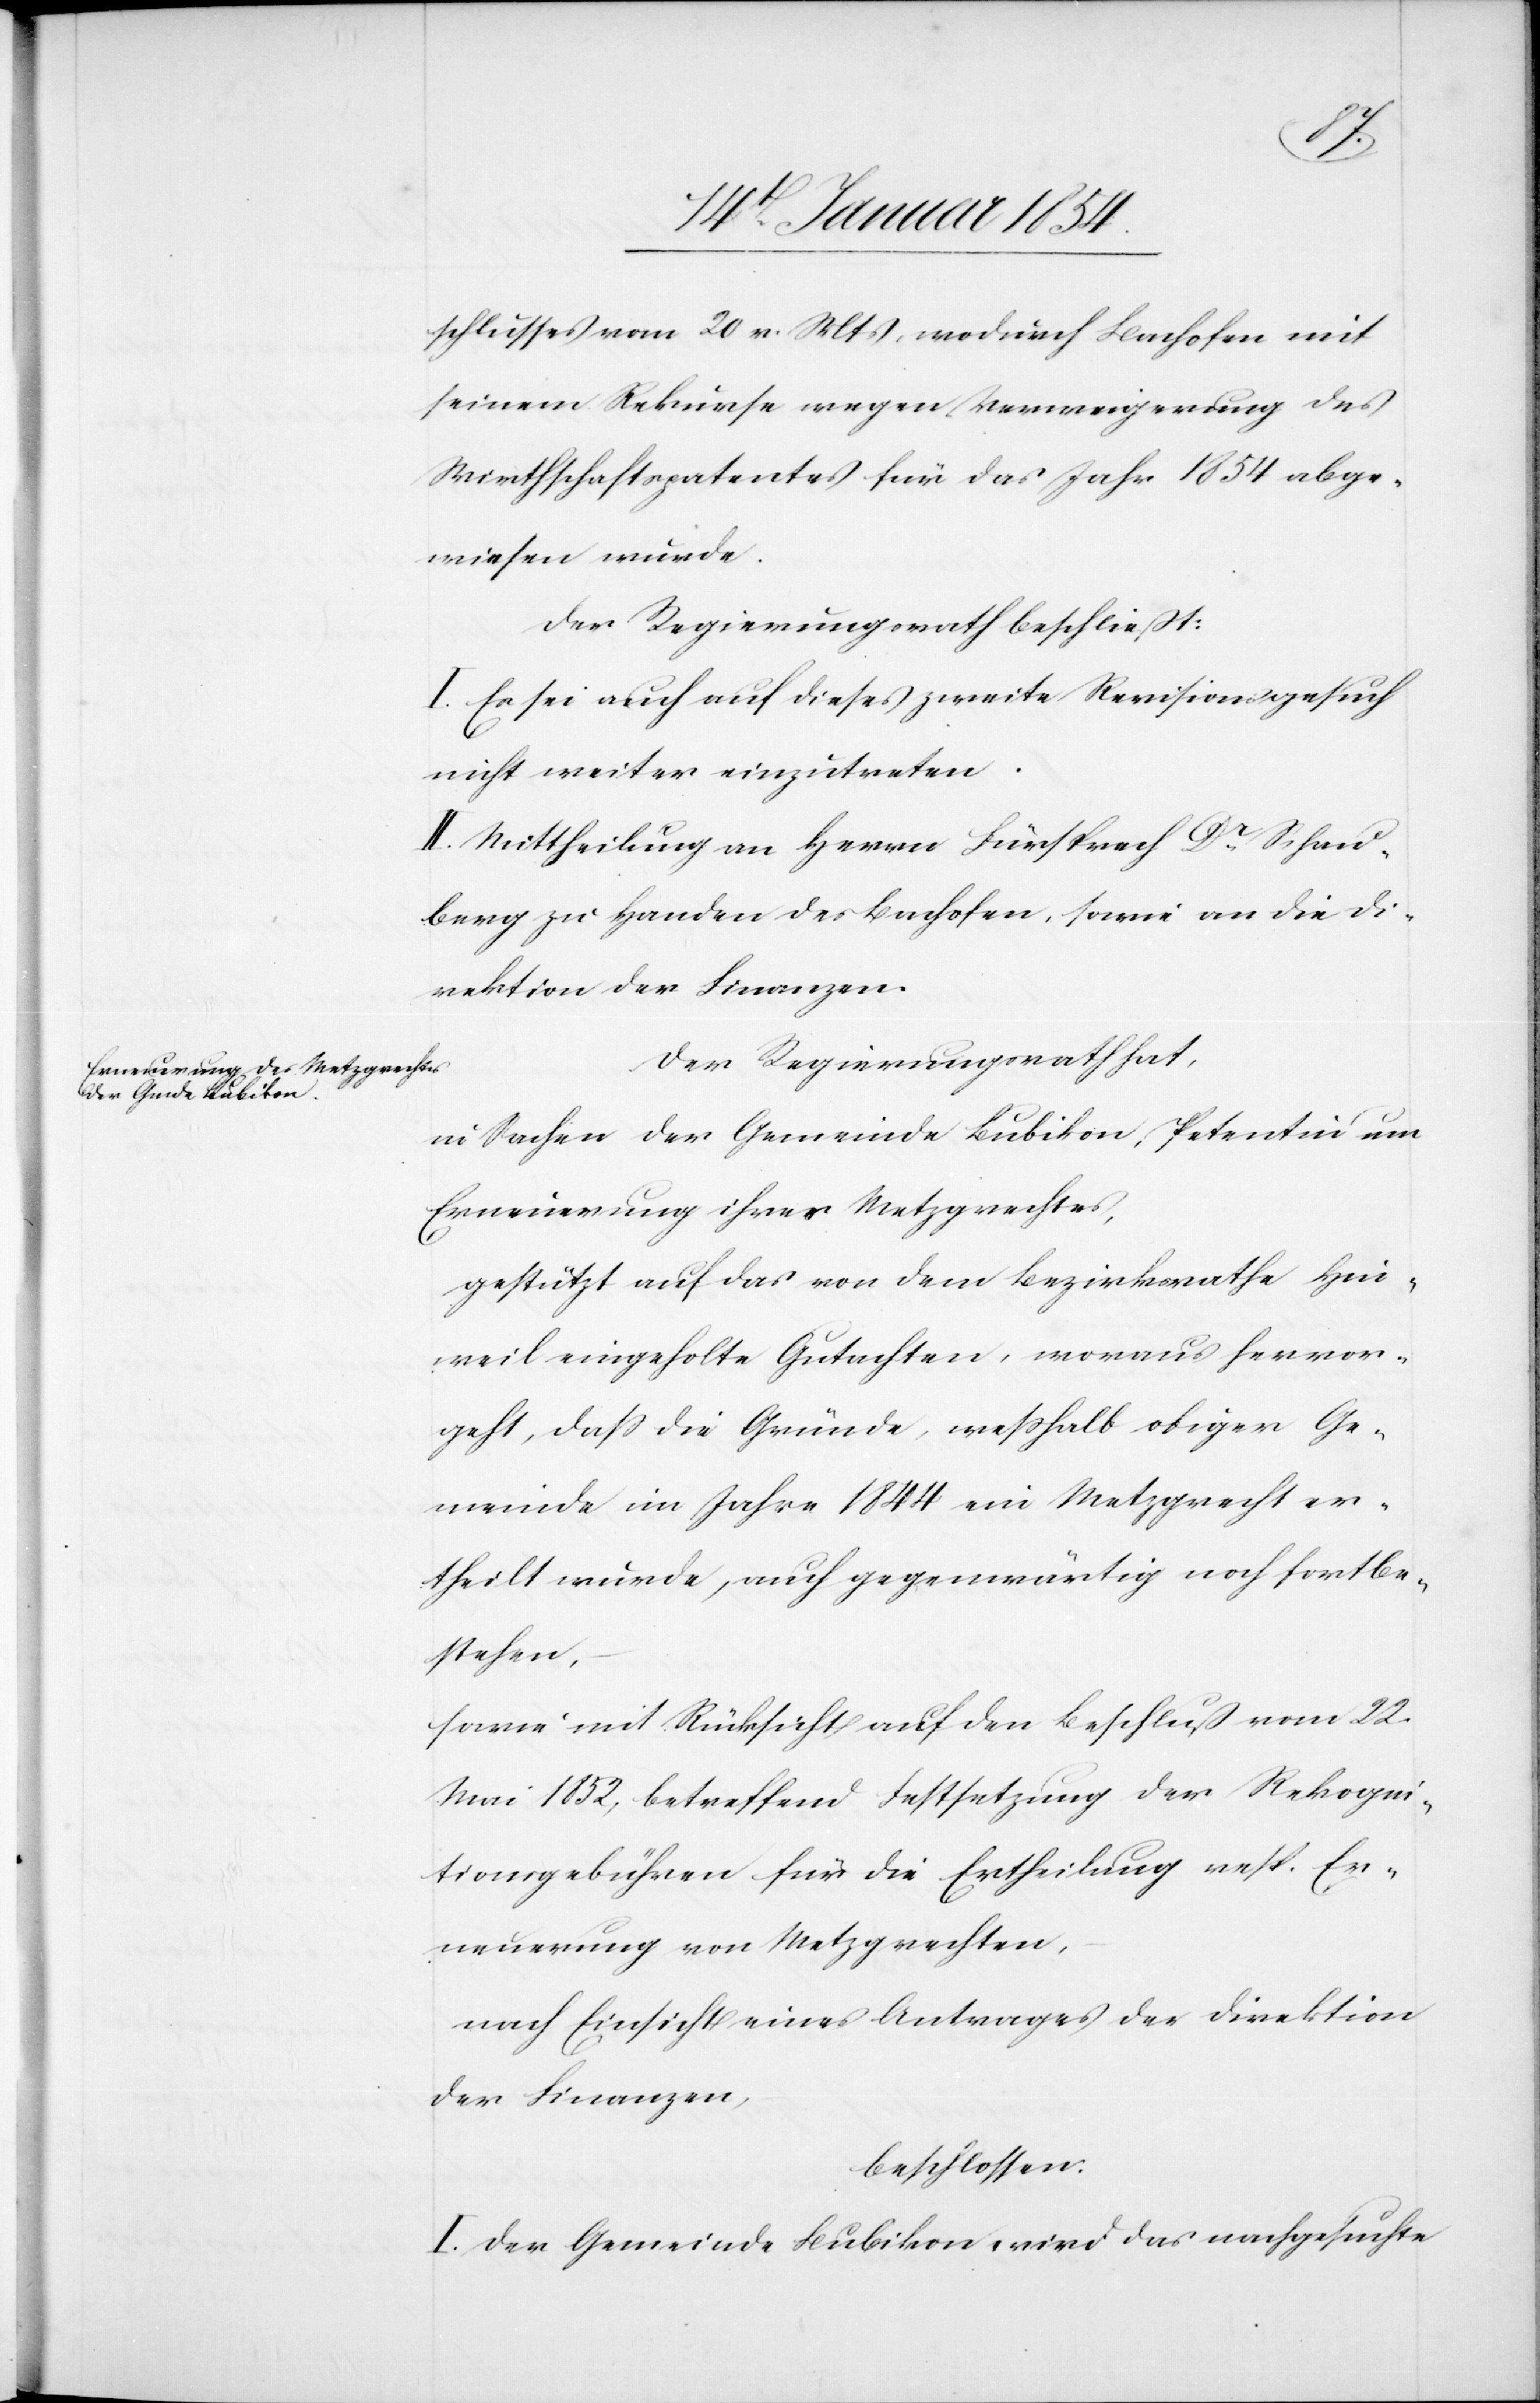
schlusses vom 20 v. Mts, wodurch Bachofen mit
seinem Rekurse wegen Verweigerung des
Wirtschaftspatentes für das Jahr 1854 abge¬
wiesen wurde.
Der Regierungsrath beschließt:
I. Es sei auch auf dieses zweite Revisionsgesuch
nicht weiter einzutreten.
II. Mittheilung an Herrn Fürsprech Dr Schau¬
berg zu Handen des Bachofen, sowie an die Di¬
rektion der Finanzen.
Der Regierungrath hat,
in Sachen der Gemeinde Bubikon, Petentin um
Erneuerung ihres Metzgerrechtes,
gestützt auf das von dem Bezirksrathe Hin¬
weil eingeholte Gutachten, woraus hervor¬
geht, daß die Gründe, weßhalb obiger Ge¬
meinde im Jahre 1844 ein Metzgrecht er¬
theilt wurde, auch gegenwärtig noch fortbe¬
stehen,
sowie mit Rücksicht auf den Beschluß vom 22.
Mai 1852, betreffend Festsetzung der Rekogni¬
tionsgebühren für die Ertheilung resp. Er¬
neuerung von Metzgrechten,
nach Einsicht eines Antrages der Direktion
der Finanzen,
beschlossen:
I. Der Gemeinde Bubikon wird das nachgesuchte